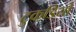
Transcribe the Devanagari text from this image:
टुकडि़यों